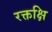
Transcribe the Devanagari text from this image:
रक्तक्षि